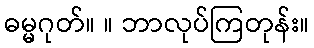
ဓမ္မဂုတ်။ ။ ဘာလုပ်ကြတုန်း။